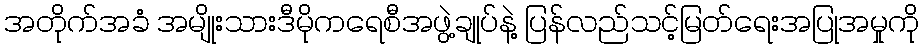
အတိုက်အခံ အမျိုးသားဒီမိုကရေစီအဖွဲ့ချုပ်နဲ့ ပြန်လည်သင့်မြတ်ရေးအပြုအမှုကို